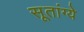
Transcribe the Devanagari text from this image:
सूतांग्ये